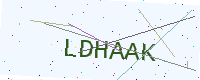
Text: LDHAAK